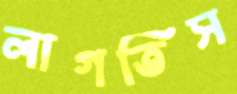
লাগতিস